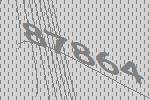
87864